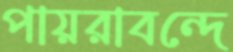
পায়রাবন্দে